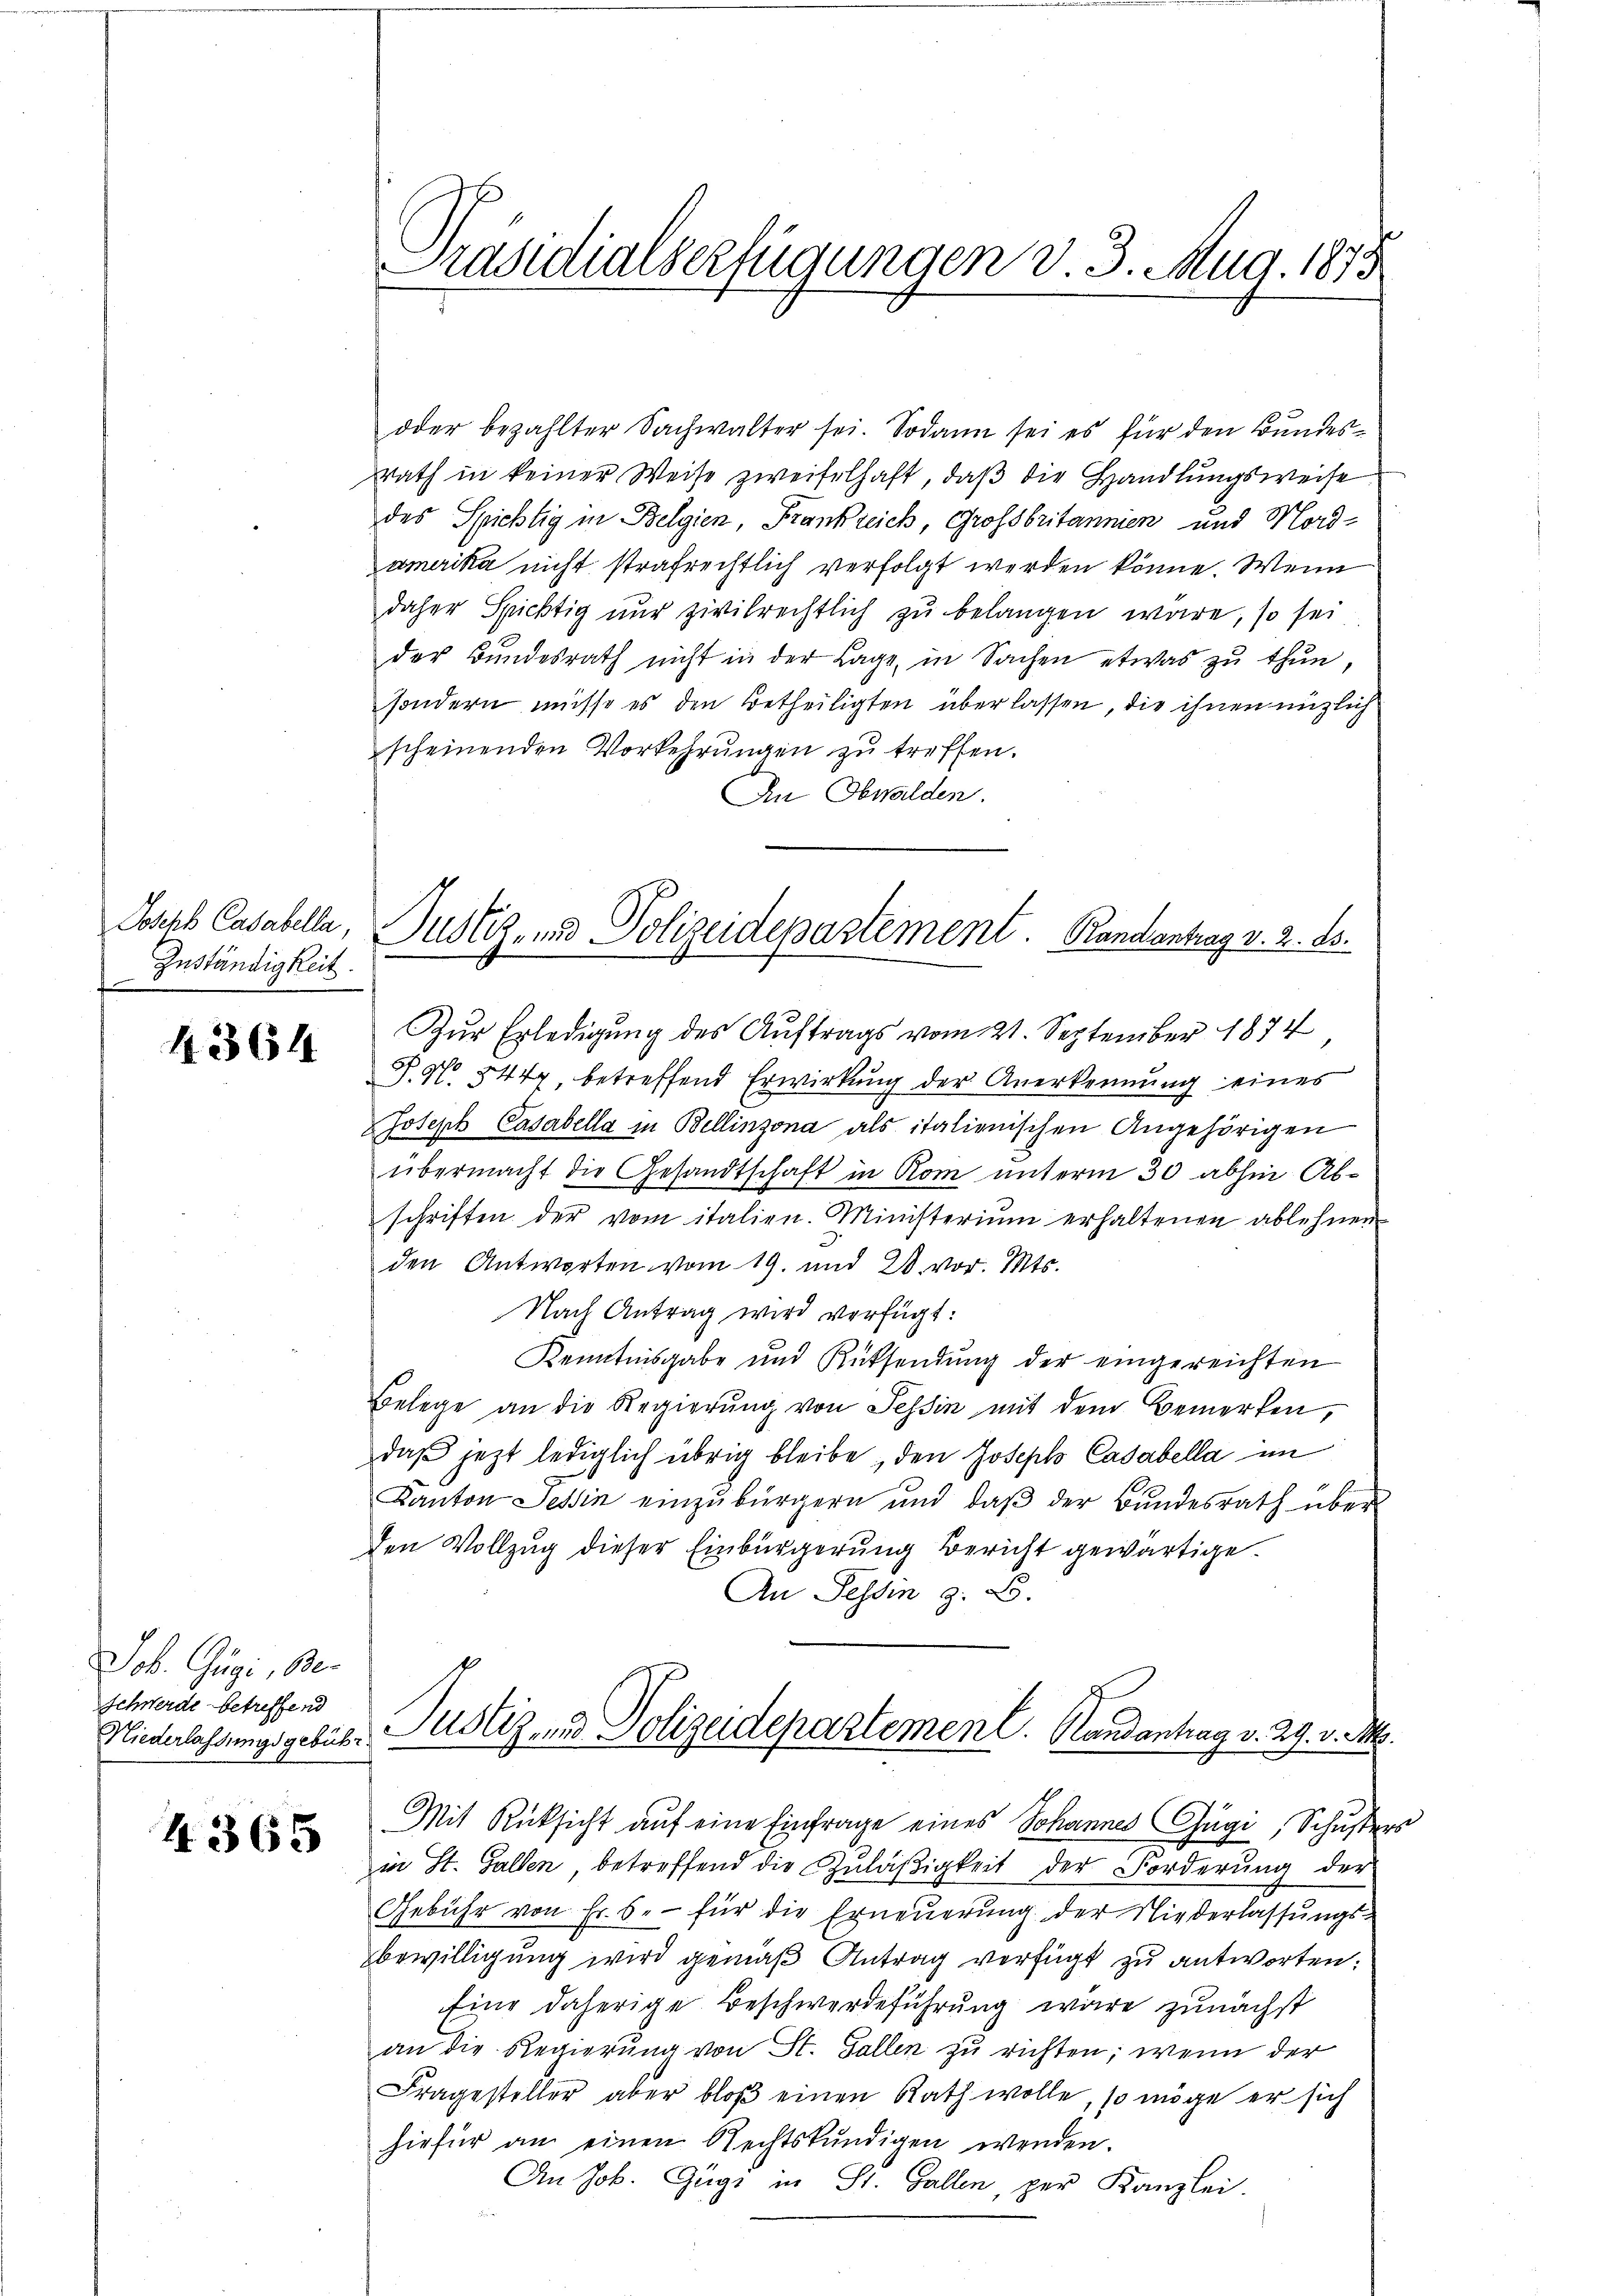
Josche Casabella,
Zuständigkeit.

4364

Job. Gügi, Be
Schwerde betreffend
Niederlassungsgebühr

4365

Präsidialverfügungen v. 3. Aug. 1875

oder bezahlter Sachwalter sei. Sodann sei es für den Bundes¬
Rath in keiner Weise zweifelhaft, daß die Handlungsweise
des Spichtig in Belgien, Frankreich, Großbritannen und Mord-
amerika nicht strafrechtlich verfolgt werden könne. Wenn
daher Sprichtig nur zivilrechtlich zu belangen wäre, so sei
der Bundesrath nicht in der Lage, in Sachen etwas zu thun,
sondern müsse es den Betheiligten überlassen, die ihnen nützlich
scheinenden Vorkehrungen zu treffen.
An Obwalden.
Zur Erledigung des Auftrags vom 21. September 1874
P. No 844 betreffend Erwirkung der Anerkennung eines
Joseph Casabella in Bellinzona als italionischen Angehörigen
übermacht die Gesandtschaft in Rom unterm 30 abhin Abschriften der vom italien. Ministerium erhaltenen ablehnen
den Antworten vom 19. und 28. vor. Mts.
Nach Antrag wird verfügt:
Kenntnisgabe und Rücksendung der eingereichten
Belege an die Regierung von Tessin mit dem Bemerken,
daß jetzt lediglich übrig bleibe, den Joseph Casabella im
Kanton Tessin einzŭbürgern und daβ der Bŭndesrath über
den Vollzug dieser Einbürgerung Bericht gewärtige.
An Tessin z. B.
Justiz- und Polizeidepartement. Handantrag v. 29. v. Ms.
Mit Rücksicht auf eine Einfrage eines Johannes Guge, Schusser
in St. Gallen betreffend die Zuläßigkeit der Forderung der
Gebühr von Fr. 6. für die Erneŭerŭng der Niederlassŭngs-
bewilligung wird gemäß Antrag verfügt zu antworten.
Eine daherige Beschwerdeführung wäre zunächst
an die Regierung von St. Gallen zu richten; wenn der
Fragesteller aber bloβ einen Rath wolle, so möge er sich
hiefür an einen Rechtskundigen werden.
An Joh. Gügi in St. Gallen, per Kanzlei.
e

Justiz- und Polizeidepartement. Randantrag v. 2. ds.